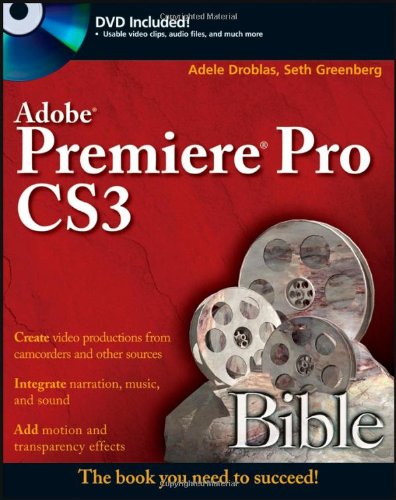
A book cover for Adobe Premiere Pro CS3 Bible; Adele Droblas; Computers & Technology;